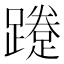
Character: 𨆐